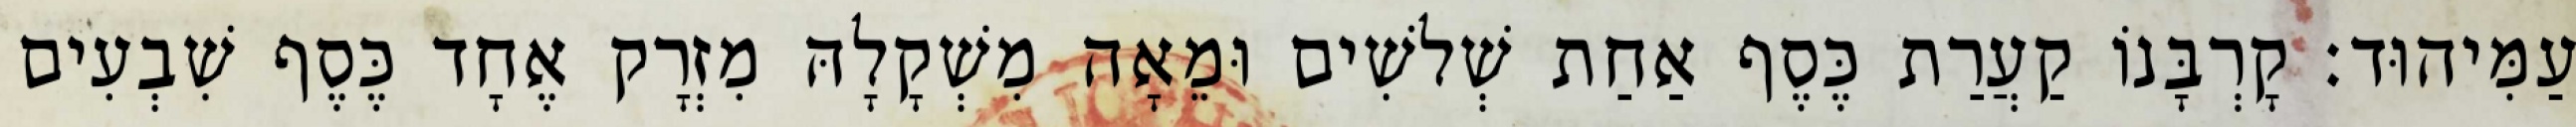
עַמִּיהוּד׃ קָרְבָּנוֹ קַעֲרַת כֶּסֶף אַחַת שְׁלשִׁים וּמֵאָה מִשְׁקָלָהּ מִזְרָק אֶחָד כֶּסֶף שִׁבְעִים